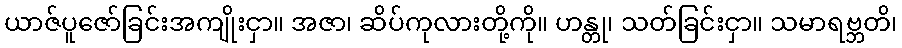
ယာဇ်ပူဇော်ခြင်းအကျိုးငှာ။ အဇာ၊ ဆိပ်ကုလားတို့ကို။ ဟန္တု၊ သတ်ခြင်းငှာ။ သမာရဗ္ဘတိ၊